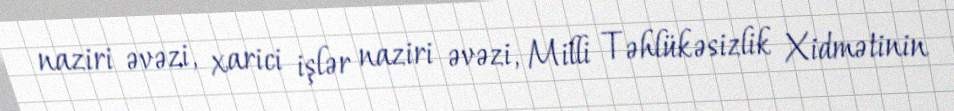
naziri əvəzi, xarici işlər naziri əvəzi, Milli Təhlükəsizlik Xidmətinin